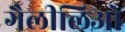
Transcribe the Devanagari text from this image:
गैलीलिओ